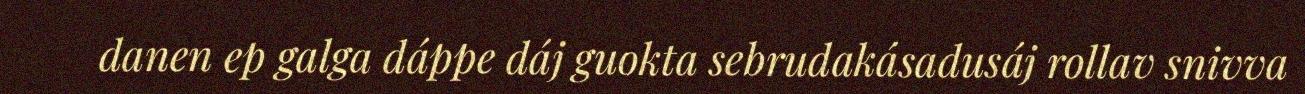
danen ep galga dáppe dáj guokta sebrudakásadusáj rollav snivva